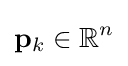
\mathbf {p} _{k}\in \mathbb {R} ^{n}